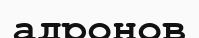
адронов